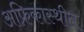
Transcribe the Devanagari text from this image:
अफ्रिकास्थीत